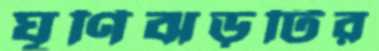
ঘূর্ণিঝড়টির